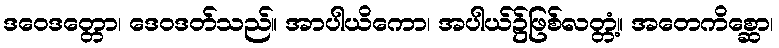
ဒဝေဒတ္တော၊ ဒေဝဒတ်သည်။ အာပါယိကော၊ အပါယ်၌ဖြစ်လတ္တံ့။ အတေကိစ္ဆော၊